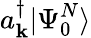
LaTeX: a_{\mathbf{k}}^{\dagger}|\Psi_{0}^{N}\rangle